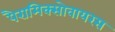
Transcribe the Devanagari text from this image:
पैरामिक्सोवायरस